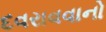
દવરાવવાનો